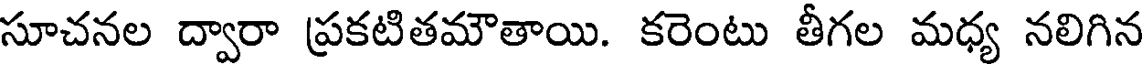
సూచనల ద్వారా ప్రకటితమౌతాయి. కరెంటు తీగల మధ్య నలిగిన